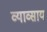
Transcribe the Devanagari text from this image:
व्याव्साय